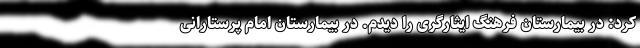
کرد: در بیمارستان فرهنگ ایثارگری را دیدم. در بیمارستان امام پرستارانی